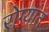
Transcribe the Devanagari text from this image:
रोग्यांत